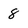
Character: 8